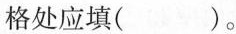
格处应填()。